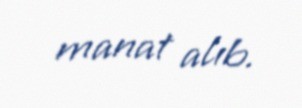
manat alıb.